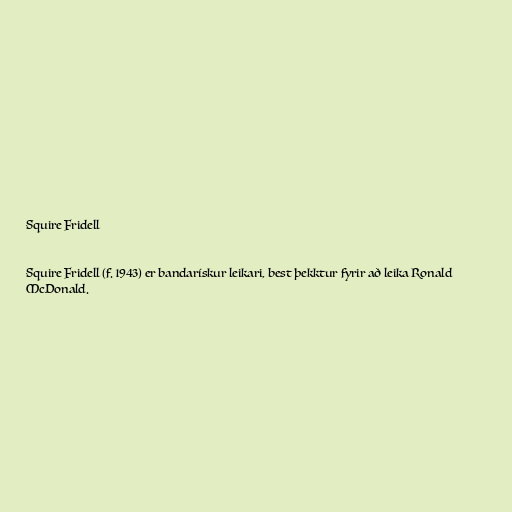
Squire Fridell

Squire Fridell (f. 1943) er bandarískur leikari, best þekktur fyrir að leika Ronald
McDonald.